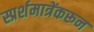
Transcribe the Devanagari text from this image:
स्प्रर्शमात्रेंकरून